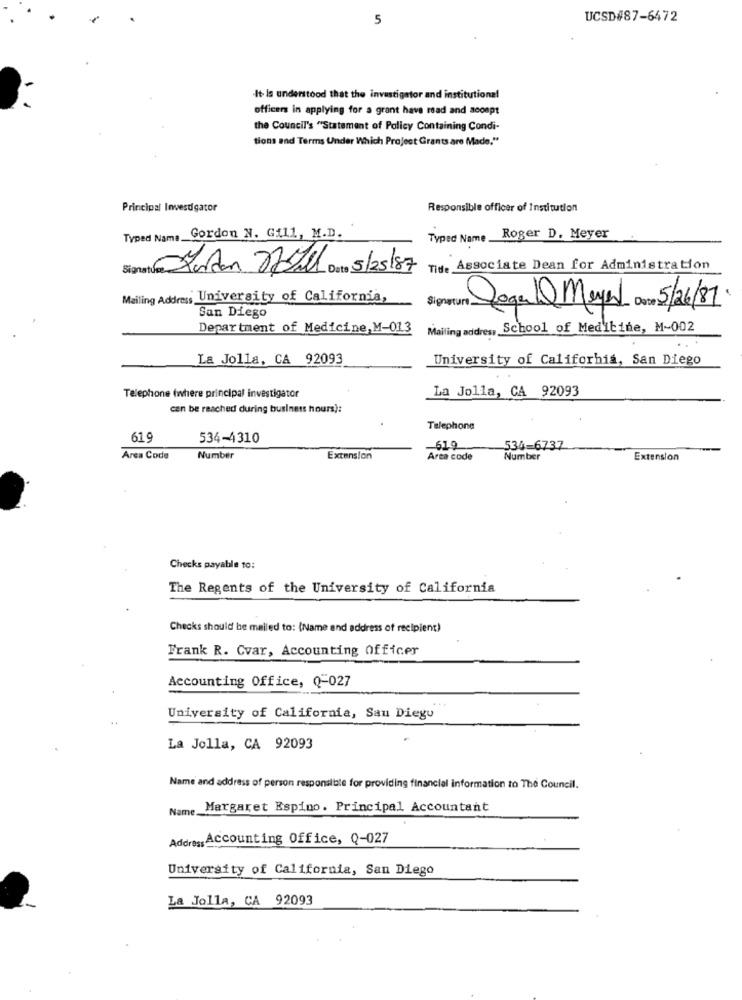
5
UCSD#87-6472
-It- Is understood that the investigator and institutional
officers in applying for a grant have read and aconpt
the Council's "Statement of Policy Containing Condi-
tions and Terms Under Which Project Grants are Made."
Principal Investigator
Responsible officer of Institution
Typed Name Gordon N. Gill, M.D.
Typed Name_
Roger D. Meyer
Signature Kordon Dethall Data 5/25/87 Tide Associate Dean for Administration
Mailing Address University of California,
Regala Mayet De 5/26/81
San Diego
Department of Medicine, M-013
Mailing addres, School of Medicine, M-002
La Jolla, CA 92093
University of California, San Diego
La Jolla, CA 92093
Telephone (where principal investigator
can be reached during business hours):
Telephone
61 9
534-4310
-619
534-6737
Area Code
Number
Extension
Area code
Number
Extension
Checks payable to:
The Regents of the University of California
Checks should be mailed to: (Name and address of recipient)
Frank R. Cvar, Accounting Officer
Accounting Office, Q-027
University of California, San Diegu
La Jolla, CA 92093
Name and address of person responsible for providing financial information to The Council.
Name Margaret Espino. Principal Accountant
Address Accounting Office, Q-027
University of California, San Diego
La Jolla, CA 92093